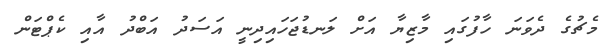
މެޗުގެ ދެވަނަ ހާފުގައި މާޒިޔާ އަށް ލަނޑުޖަހައިދިނީ އަސަދު އަބްދު އާއި ކެޕްޓަން